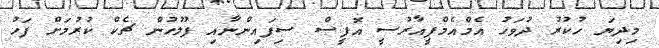
މިދިޔަ ހުކުުރު ދުވަހު އެމްއެމްޕީއާރުސީ އޮފީސް ސިފައިންނާއި ފުލުހުން ޗެކް ކުރުމަށް ފަހު